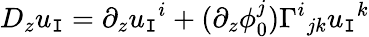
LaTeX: D_{z}u_{\mathtt{I}}=\partial_{z}u_{\mathtt{I}}{}^{i}+(\partial_{z}\phi_{0}^{j})\Gamma^{i}{}_{jk}u_{\mathtt{I}}{}^{k}